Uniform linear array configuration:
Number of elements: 4
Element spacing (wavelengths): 1
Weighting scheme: hamming
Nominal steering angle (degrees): -60
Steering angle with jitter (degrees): -59.44
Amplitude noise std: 0.05
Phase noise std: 0.05

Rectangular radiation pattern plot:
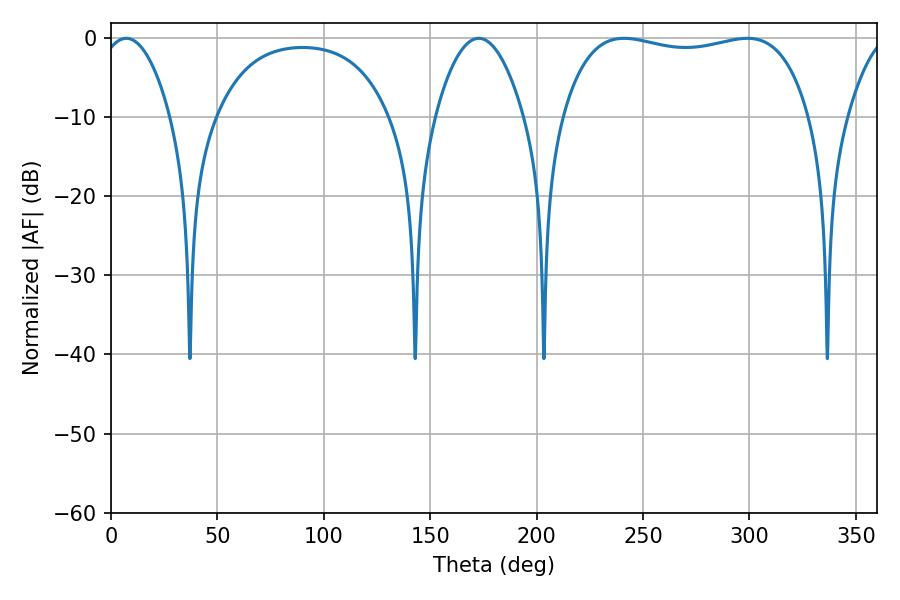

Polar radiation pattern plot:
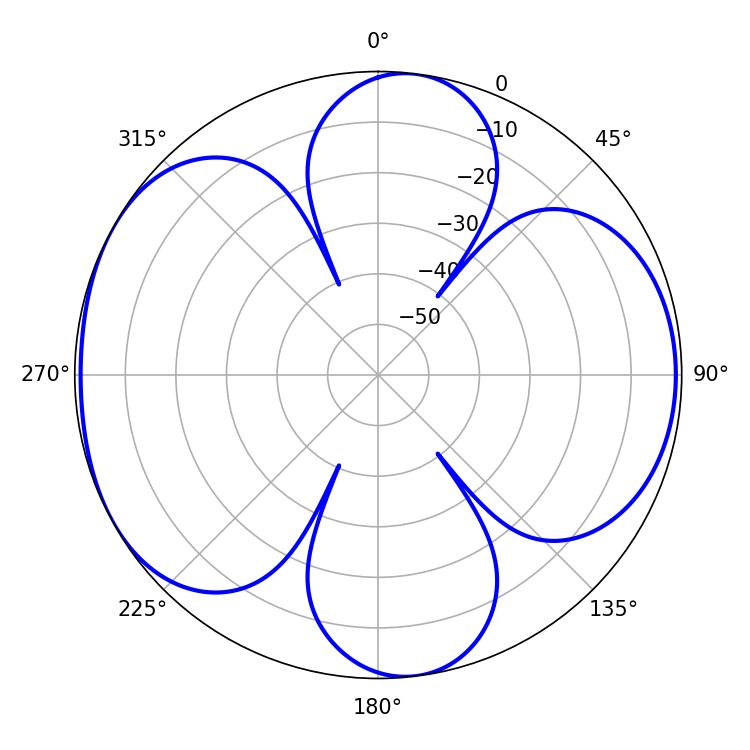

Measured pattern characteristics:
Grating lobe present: TRUE
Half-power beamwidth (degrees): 93.96
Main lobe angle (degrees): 298.98